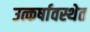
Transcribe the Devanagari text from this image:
उत्कर्षावस्थेत